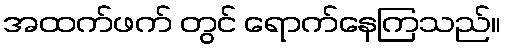
အထက်ဖက် တွင် ရောက်နေကြသည်။